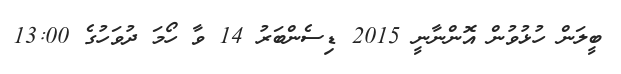
ބީލަން ހުޅުވުން އޮންނާނީ 2015 ޑިސެންބަރު 14 ވާ ހޯމަ ދުވަހުގެ 13:00